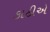
કાઠીએ